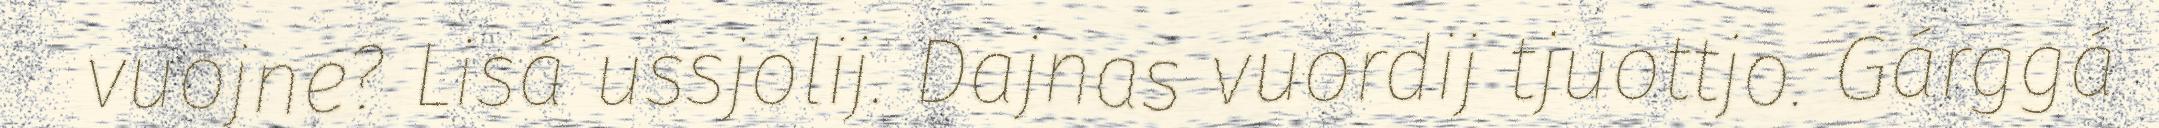
vuojne? Lisá ussjolij. Dajnas vuordij tjuottjo. Gárggá